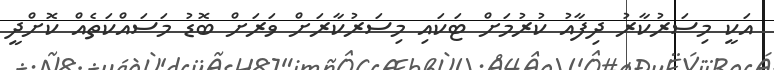
އަކީ މިސަރުކާރު ދިފާއު ކުރުމަށް ޓަކައި މިސަރުކާރަށް ވަރަށް ބޮޑު މަސައްކަތެއް ކޮށްދީ